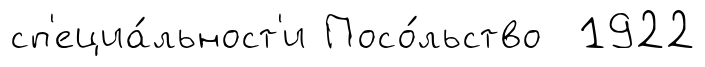
сп'ециа́льност'и Посо́льство 1922